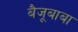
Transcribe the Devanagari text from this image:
बैजूबाबा